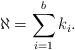
LaTeX: \begin{align*} \aleph=\sum_{i=1}^b k_i.\end{align*}